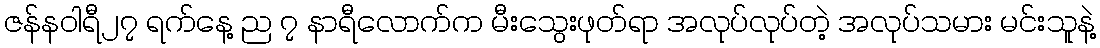
ဇန်နဝါရီ၂၇ ရက်နေ့ ည ၇ နာရီလောက်က မီးသွေးဖုတ်ရာ အလုပ်လုပ်တဲ့ အလုပ်သမား မင်းသူနဲ့